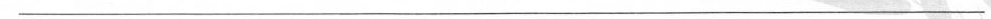
___